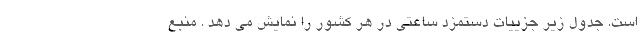
است. جدول زیر جزییات دستمزد ساعتی در هر کشور را نمایش می دهد . منبع